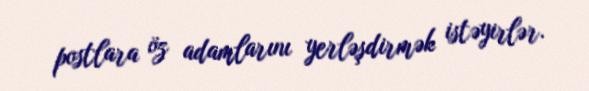
postlara öz adamlarını yerləşdirmək istəyirlər.